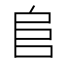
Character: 𨸏